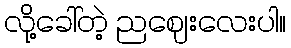
လို့ခေါ်တဲ့ ညဈေးလေးပါ။